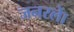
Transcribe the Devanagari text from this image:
जनरलाें